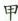
甲